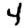
Digit: 4